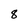
Character: 8